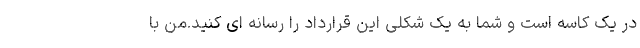
در یک کاسه است و شما به یک شکلی این قرارداد را رسانه ای کنید.من با